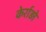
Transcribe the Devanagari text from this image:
केर्राड़ो